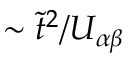
\sim \tilde { t } ^ { 2 } / U _ { \alpha \beta }